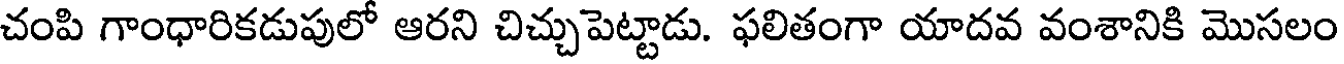
చంపి గాంధారికడుపులో ఆరని చిచ్చుపెట్టాడు. ఫలితంగా యాదవ వంశానికి మొసలం